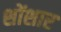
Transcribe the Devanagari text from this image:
शोंशार